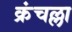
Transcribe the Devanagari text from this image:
क्रंचल्ला